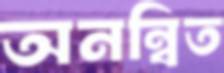
অনন্বিত